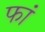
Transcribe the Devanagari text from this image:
फां